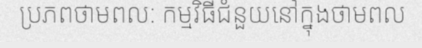
ប្រភពថាមពល: កម្មវិធីជំនួយនៅក្នុងថាមពល